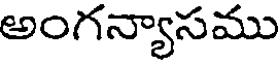
అంగన్యాసము